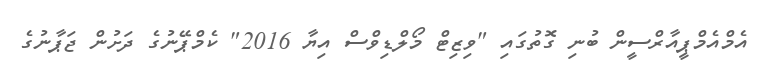
އެމްއެމްޕީއާރްސީން ބުނި ގޮތުގައި "ވިޒިޓް މޯލްޑިވްސް އިޔާ 2016" ކެމްޕޭނުގެ ދަށުން ޖަޕާނުގެ